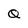
Character: Q